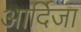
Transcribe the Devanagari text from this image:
आर्दिजा